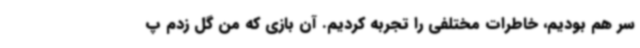
سر هم بودیم، خاطرات مختلفی را تجربه کردیم. آن بازی که من گل زدم پ